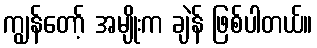
ကျွန်တော့် အမျိုးက ချဲန် ဖြစ်ပါတယ်။